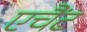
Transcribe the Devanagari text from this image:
एचैंट